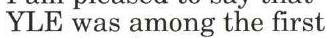
YLE was among the first